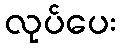
လုပ်ပေး